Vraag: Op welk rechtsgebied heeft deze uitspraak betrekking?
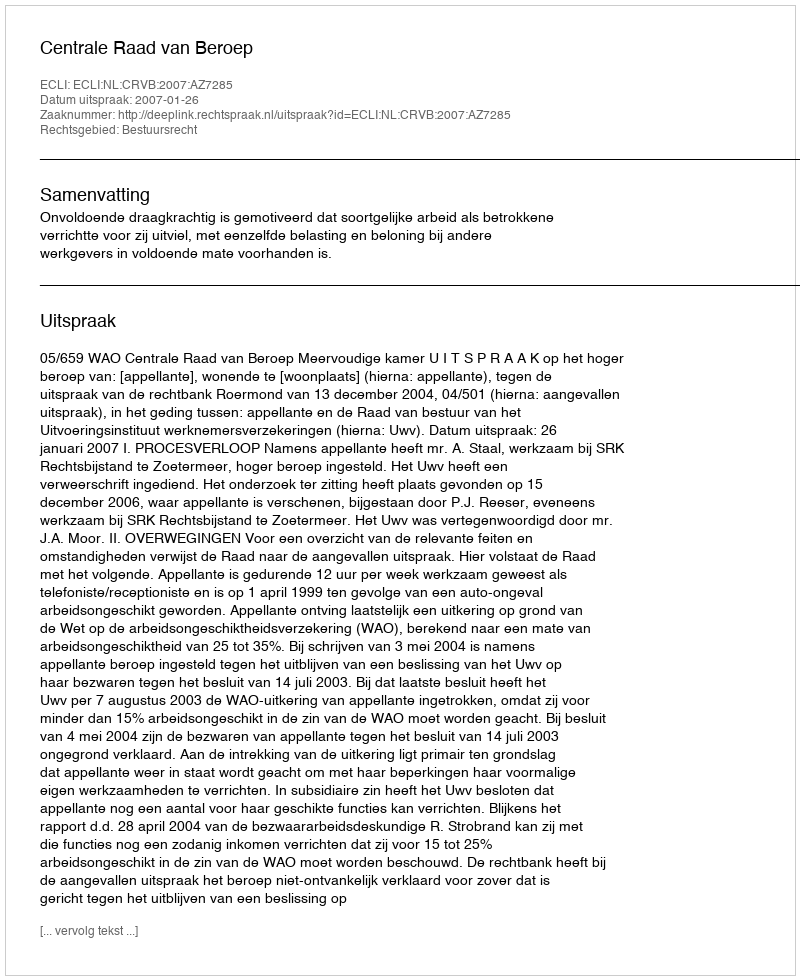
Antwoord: Bestuursrecht